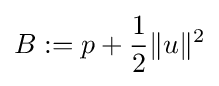
B:=p+{\frac {1}{2}}\lVert u\rVert ^{2}